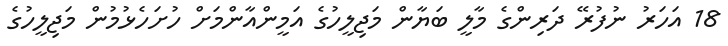
18 އަހަރު ނުފުރޭ ދަރިންގެ މާލީ ބަޔާން މަޖިލީހުގެ އަމީންއާންމަށް ހުށަހެޅުމުން މަޖިލީހުގެ